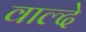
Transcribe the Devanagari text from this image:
वाल्दे